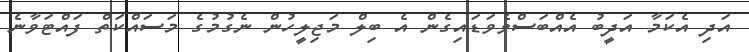
އަދި އެކަމާ އަދީބު އެއްބަސްވެވަޑައިގެން އެ ބިލް މަޖިލީހުން ނެގުމުގެ މަސައްކަތް ފައްޓަވާނެ